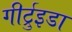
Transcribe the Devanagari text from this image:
गीर्ट्रुइडा